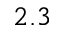
2 . 3